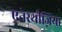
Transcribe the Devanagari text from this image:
एनेस्थीज़िया